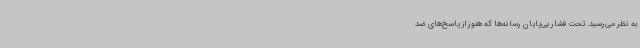
به نظر می‌رسید. تحت فشار بی‌پایان رسانه‌ها که هنوز از پاسخ‌های ضد